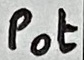
Text: Pot